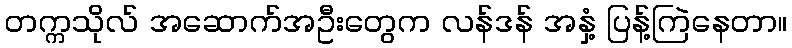
တက္ကသိုလ် အဆောက်အဦးတွေက လန်ဒန် အနှံ့ ပြန့်ကြဲနေတာ။